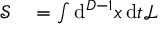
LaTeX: \begin{array} { r l } { { \mathcal { S } } } & { { } = \int \mathrm { d } ^ { D - 1 } x \, \mathrm { d } t { \mathcal { L } } } \end{array}